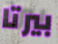
بيرتا